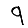
Digit: 9